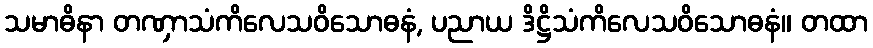
သမာဓိနာ တဏှာသံကိလေသဝိသောဓနံ, ပညာယ ဒိဋ္ဌိသံကိလေသဝိသောဓနံ။ တထာ